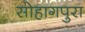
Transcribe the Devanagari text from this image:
सोहागपुरा